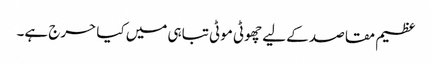
عظیم مقاصد کے لیے چھوٹی موٹی تباہی میں کیا حرج ہے۔